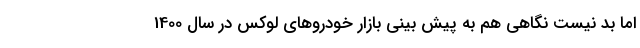
اما بد نیست نگاهی هم به پیش بینی بازار خودروهای لوکس در سال 1400